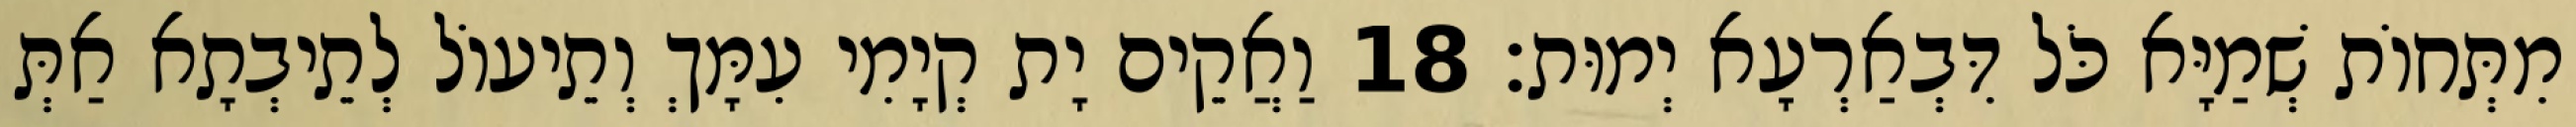
מִתְּחוֹת שְׁמַיָּא כֹּל דִּבְאַרְעָא יְמוּת׃ 18 וַאֲקֵים יָת קְיָמִי עִמָּךְ וְתֵיעוֹל לְתֵיבְתָא אַתְּ